Scottish Certificate of Education, 1963
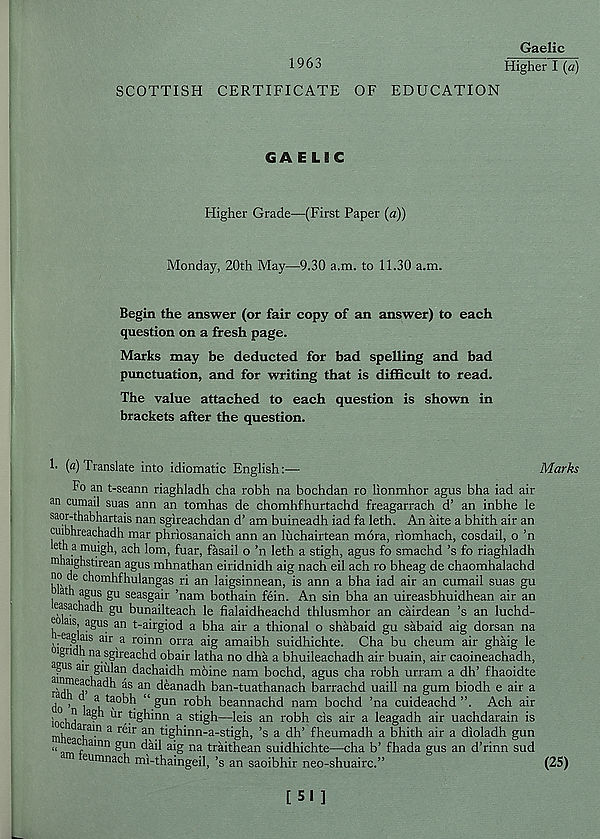
Gaelic
1963
Higher I (o)
SCOTTISH CERTIFICATE OF EDUCATION
GAELIC
Higher Grade—(First Paper {a))
Monday, 20th May—9.30 a.m. to 11.30 a.m.
Begin the answer (or fair copy of an answer) to each
question on a fresh page.
Marks may be deducted for bad spelling and bad
punctuation, and for writing that is difficult to read.
The value attached to each question is shown in
brackets after the question.
!• («) Translate into idiomatic English:—
Marks
Fo an t-seann riaghladh cha robh na bochdan ro lionmhor agus bha iad air
an cumail suas ann an tomhas de chomhfhurtachd freagarrach d’ an inbhe le
-r-thabhartais nan sgireachdan d’ am buineadh iad fa leth. An aite a bhith air an
cmbhreachadh mar phriosanaich ann an liichairtean mora, riomhach, cosdail, o ’n
eth a muigh, ach lom, fuar, fasail o ’n leth a stigh, agus fo smachd’s fo riaghladh
mhaighstirean agus mhnathan eiridnidh aig nach eil ach ro bheag de chaomhalachd
no oe chomhfhulangas ri an laigsinnean, is ann a bha iad air an cumail suas gu
ath agus gu seasgair ’nam bothain fein. An sin bha an uireasbhuidhean air an
rasachadh gu bunailteach le fialaidheachd thlusmhor an cairdean ’s an luchd-
o ais, agus an t-airgiod a bha air a thional o shabaid gu sabaid aig dorsan na
^eaglais air a roinn orra aig amaibh suidhichte. Cha bu cheum air ghaig le
wgndh na sgireachd obair latha no dha a bhuileachadh air buain, air caoineachadh,
^gus air giiilan dachaidh moine nam bochd, agus cha robh urram a dh’ fhaoidte
^ an d® ana dh ban-tuathanach barrachd uaill na gum biodh e air a
do ’ 1 a ,
".g™ ro bh beannachd nam bochd ’na cuideachd ”. Ach air
* i
ur J:ighinn a stigh—leis an robh cis air a leagadh air uachdarain is
a^al . n a r^r a n tighinn-a-stigh, ’s a dh’ fheumadh a bhith air a dioladh gun
“ anTf amn ^U n
na traithean suidhichte—cha b’ fhada gus an d’rinn sud
eumnach mi-thaingeil, ’s an saoibhir neo-shuairc.”
(25)
[ 51 ]